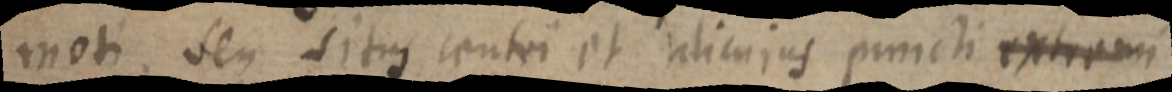
moti, seu situs centri et alicujus puncti extremi